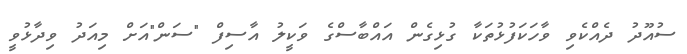
ސުއޫދު ދެއްކެވި ވާހަކަފުޅުތަކާ ގުޅިގެން އައްބާސްގެ ވަކީލު އާސިފް "ސަން"އަށް މިއަދު ވިދާޅުވީ